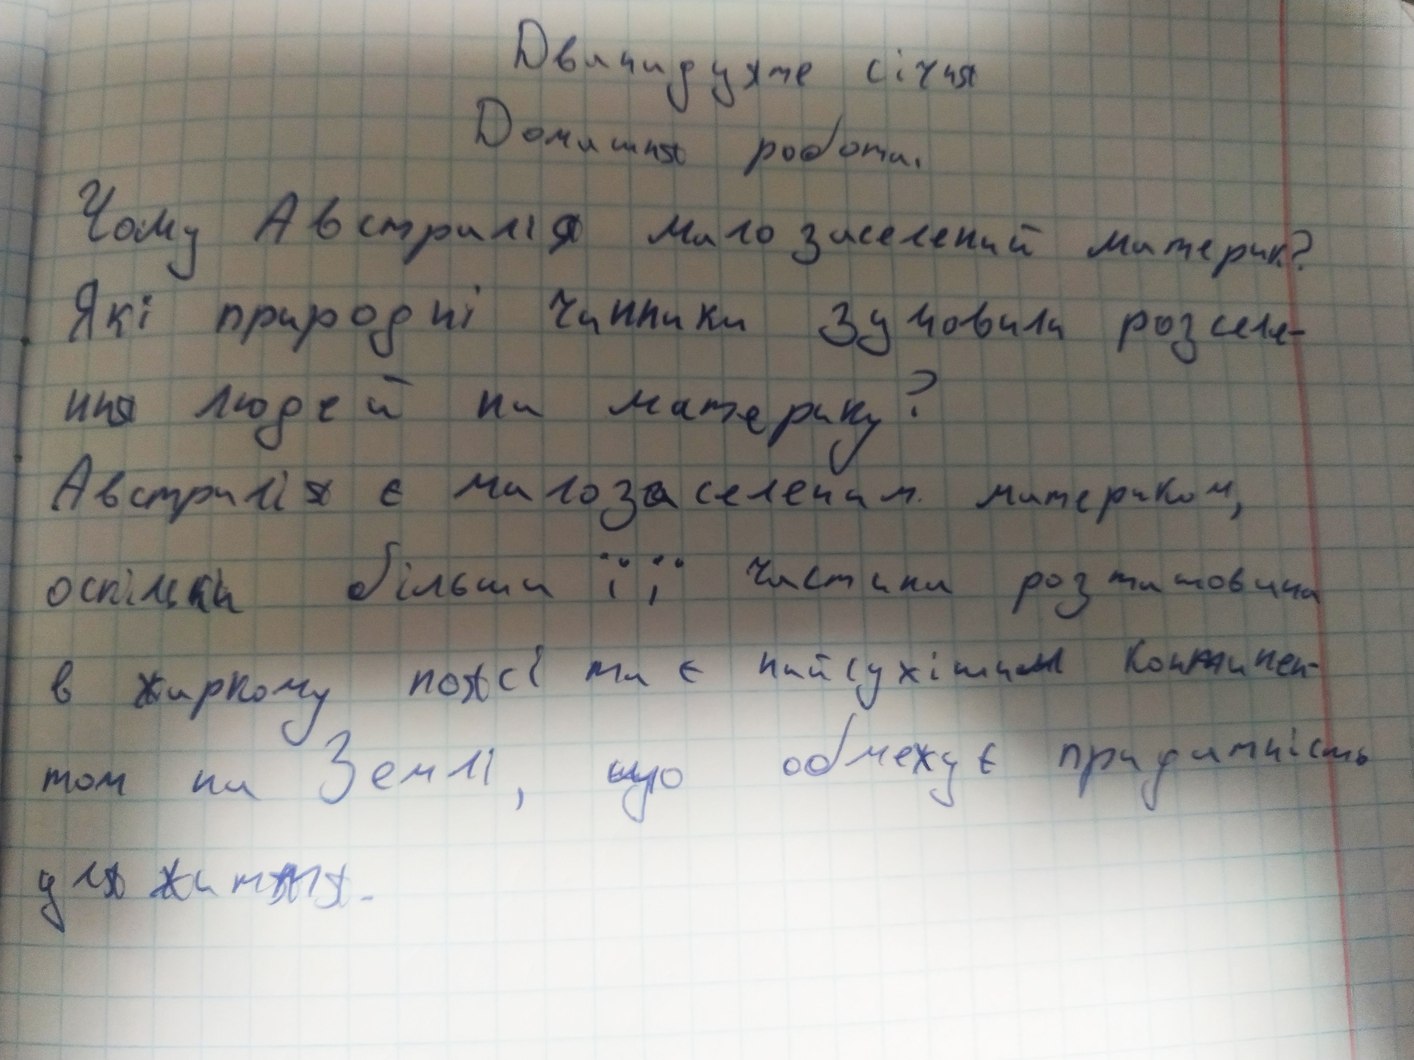
Дванадцяте січня
Домашня робота
Чому Австралія малозаселений материк?
Які природні чинники зумовили розселе-
иня людей на материку?
Австралія є малозаселеним материком,
оскільки більша її частина розташована
в жаркому поясі та є найсухішим континен-
том на Землі, що обмежує придатність
для життя.